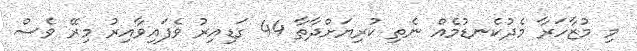
މި މުޒާހަރާ މެދުކެނޑުމެއް ނެތި ކުރިޔަށްދާތާ 44 ގަޑިއިރު ވެފައިވާއިރު މިރޭ ވެސް